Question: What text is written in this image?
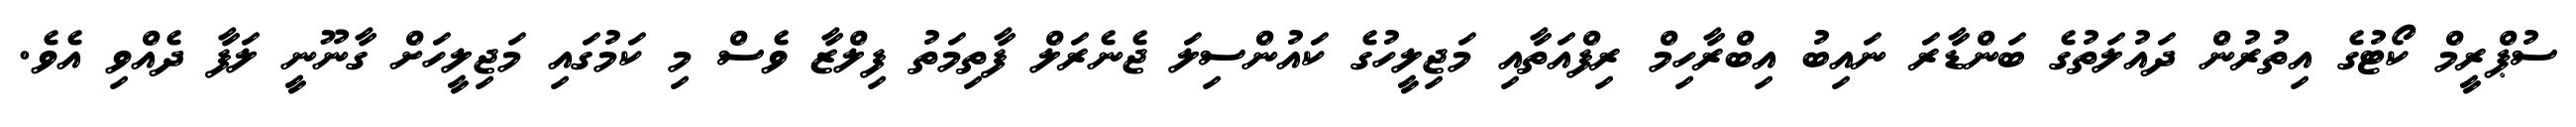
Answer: ސުޕްރީމް ކޯޓުގެ އިތުރުން ދައުލަތުގެ ބަންޑާރަ ނައިބު އިބްރާހިމް ރިފްއަތާއި މަޖިލީހުގެ ކައުންސިލަ ޖެނެރަލް ފާތިމަތު ފިލްޒާ ވެސް މި ކަމުގައި މަޖިލީހަށް ގާނޫނީ ލަފާ ދެއްވި އެވެ.